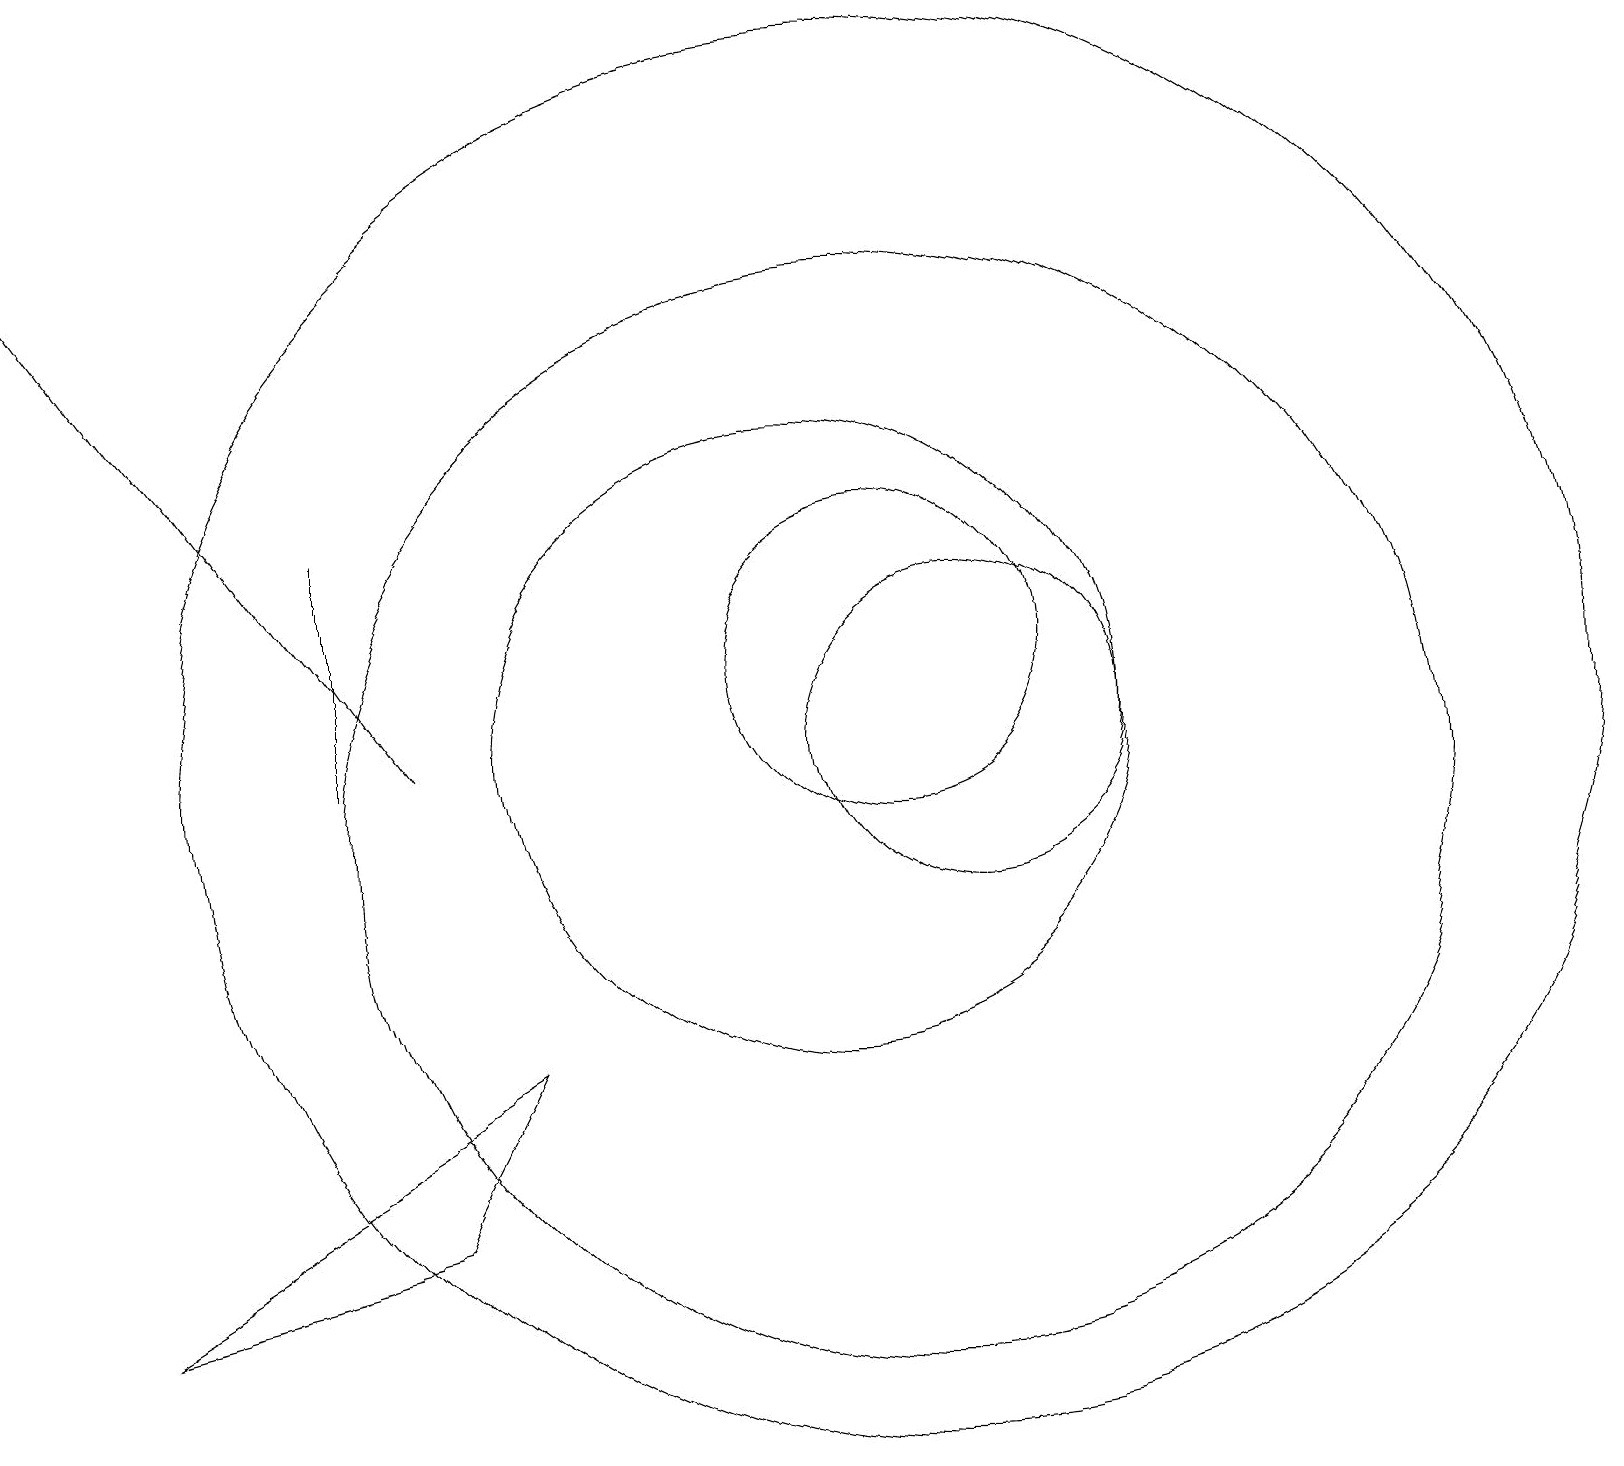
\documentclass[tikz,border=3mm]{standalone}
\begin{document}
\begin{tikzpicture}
\draw[->] (5,11) -- (0,18);
\draw (10,11) circle (4);
\draw (12,11) circle (2);
\draw (4,11) rectangle (4,14);
\draw (11,12) circle (2);
\draw (11,11) circle (9);
\draw (11,10) circle (7);
\draw (6,7) -- (1,4) -- (5,5) -- cycle;
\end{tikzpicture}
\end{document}